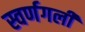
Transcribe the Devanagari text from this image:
स्वर्णगली